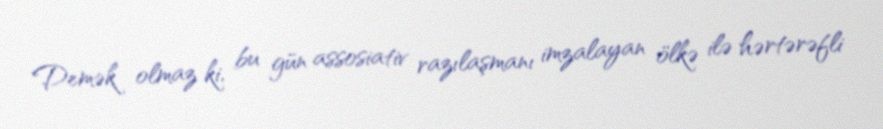
Demək olmaz ki, bu gün assosiativ razılaşmanı imzalayan ölkə ilə hərtərəfli